Scottish Leaving Certificate Examination, 1954
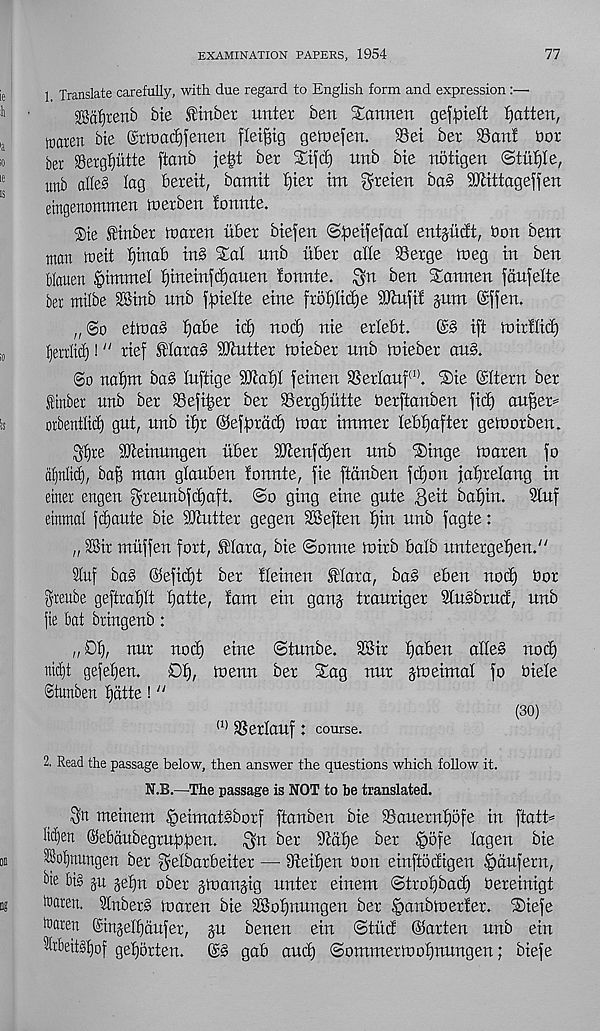
EXAMINATION PAPERS, 1954
77
1 Translate carefully, with due regard to English form and expression :—
£3df)tettb Me firtbet unter ben SEannen gef^telt fatten,
toaren Me ©rtnadjfenen flei^tg getnefen.
93ei ber ®anf dor
ber SSergpite ftanb
ber SEtfd) nnb bte nbtigen
unb alle§ lag bereit, bamit b)ter tm greten ba§ SO'ltttageffen
emgenommen toerben lonnte.
®ie littber inaren ubet biefen ©^etfefaal entjitcbt, Don bent
man meit f)tnab in§ Sat unb nbet atte Serge meg in ben
Mauen |)tmmet f)inetnfc£)auen fonnte. ^n ben Sannen fdufette
bet milbe SSinb unb f^iette erne frot)tid)e Sthifi! gum ©ffen.
,, ®o etinab fiabe id) nod) nie ertebt.
ift mirftid)
tierriid)! “ rief f tara§ Gutter mieber unb mieber au§.
@o naf)m ba§ luftige 9Jtaf)t feinen Sertauf (I) . ®ie ©Item ber
ftinbet unb ber Sefi^er ber Sergfjutte Oerftanben fid) auffer*
orbenttid) gut, unb if)r ©eft)tad) Mar itramer lebtjafter gelnorben,
$I)re SOteinungen tiber SCttenfdjen nnb Singe maren fo
dljnltcf), baf) man glauben fonnte, fie ftdnben fdjon jafjretaug in
einet engen greunbfdjaft. @o ging eine gnte 3eit baf)in. Stuf
einmat fdjaute Me SJhttter gegen 2Beften t)in unb fagte:
„ Sir muffen fort, .t'lara, bie Sonne mirb batb untergefjen.'"
duf bab ©efid)t ber fteinen Mara, ba§ eben nod) Oot
fyteitbe geftrat)tt tjatte, fam ein gang trauriger SluSbrud, nnb
|ie bat briugenb:
„ Dt), nur nod) eine Stunbe. SBir f)aben a(te§ nod)
nic()t gefetjen.
0t), menu ber Sag nur gmeimat fo biete
Stunben f)atte! n
(30)
(1) SSertauf: course.
2. Read the passage below, then answer the questions which follow it.
N.B.—The passage is NOT to be translated.
S'n uteinem §eimatsborf ftanben bie 95anernf)ofe in ftatt=
Kc£)ert ©ebaubegtupfen.
^n ber Statje ber Ipofe tagen bie
5Bot)nungen ber ^etbarbeiter — 9teif)en bon einftodigen §dufern,
bte bt§ gu gefjn ober gmangig nnter einem Strof)bad) bereinigt
toaren. 5tuber§ maren bie SBotfnungen ber §anbmerfer. Siefe
toaren ©ingettjaufer, gu benen ein Stiid ©arten unb ein
5ltbett§f)of getjbrten. ©§ gab and) Sommermotjnungen; Mefe